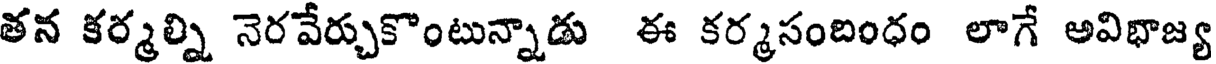
తన కర్మల్ని నెరవేర్చుకొంటున్నాడు ఈ కర్మసంబంధం లాగే అవిభాజ్య